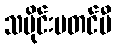
သမိုင်းမတင်မီ